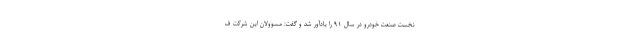
نخست صنعت خودرو در سال ۹۱ را یادآور شد و گفت:‌ مسوولان این شرکت ف